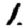
Digit: 1